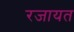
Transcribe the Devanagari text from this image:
रजायत